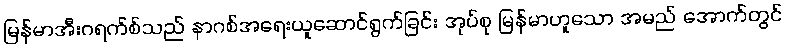
မြန်မာအီးဂရက်စ်သည် နာဂစ်အရေးယူဆောင်ရွက်ခြင်း အုပ်စု မြန်မာဟူသော အမည် အောက်တွင်